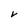
Character: V